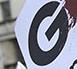
g